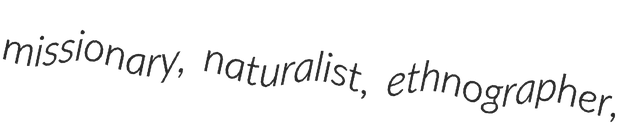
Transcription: missionary, naturalist, ethnographer,